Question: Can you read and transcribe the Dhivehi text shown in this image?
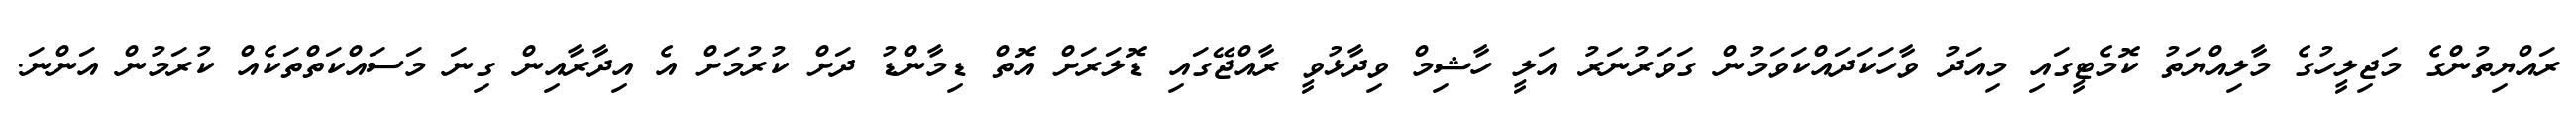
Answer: ރައްޔިތުންގެ މަޖިލީހުގެ މާލިއްޔަތު ކޮމެޓީގައި މިއަދު ވާހަކަދައްކަވަމުން ގަވަރުނަރު އަލީ ހާޝިމް ވިދާޅުވީ ރާއްޖޭގައި ޑޮލަރަށް އޮތް ޑިމާންޑު ދަށް ކުރުމަށް އެ އިދާރާއިން ގިނަ މަސައްކަތްތަކެއް ކުރަމުން އަންނަ.